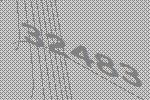
32483